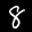
Label: 8